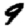
Digit: 9